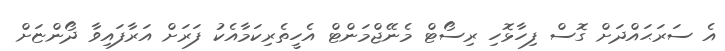
އެ ސަރަޙައްދަށް ގޮސް ފިހާޅޮހި ރިސޯޓް މެނޭޖްމަންޓް އެހީތެރިކަމާއެކު ފަރަށް އަރާފައިވާ ދޯންޏަށް